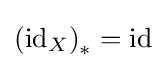
\left({\text{id}}_{X}\right)_{*}={\text{id}}